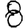
Digit: 8